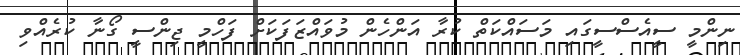
ނިންމީ ސީއެސްސީގައި މަސައްކަތް ކުރާ އަންހެން މުވައްޒަފަކަށް ފަހްމީ ޖިންސީ ގޯނާ ކުރެއްވި